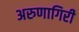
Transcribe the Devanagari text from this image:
अरुणागिरी